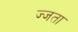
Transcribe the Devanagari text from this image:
ज्जता